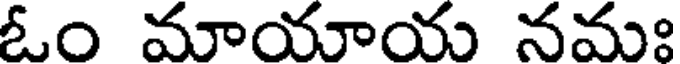
ఓం మాయాయ నమః